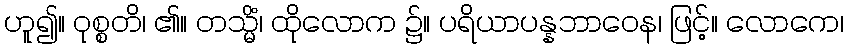
ဟူ၍။ ဝုစ္စတိ၊ ၏။ တသ္မိံ၊ ထိုလောက ၌။ ပရိယာပန္နဘာဝေန၊ ဖြင့်။ လောကေ၊